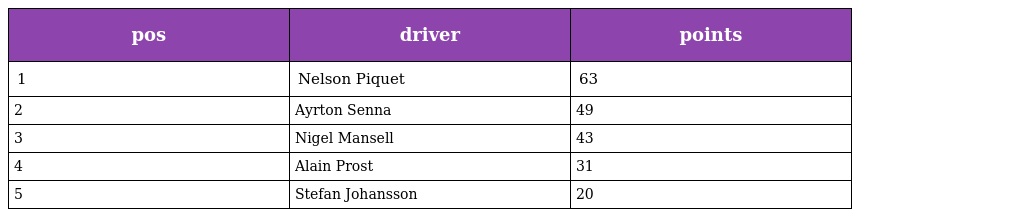
| pos | driver | points |
 | --- | --- | --- |
 | 1 | Nelson Piquet | 63 |
 | 2 | Ayrton Senna | 49 |
 | 3 | Nigel Mansell | 43 |
 | 4 | Alain Prost | 31 |
 | 5 | Stefan Johansson | 20 |